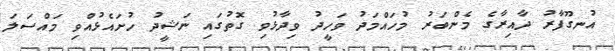
އުނގޫފާރު ދާއިރާގެ މެންބަރު މުހައްމަދު ވަހީދު ވިދާޅުވި ގޮތުގައި ނަޝީދު ހުށައެޅުއްވި މައްސަލަ